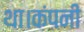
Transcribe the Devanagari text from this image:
था।कंपनी